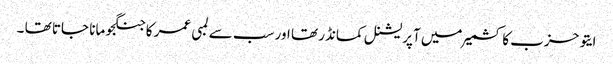
ایتو حزب کا کشمیر میں آپریشنل کمانڈر تھا اور سب سے لمبی عمر کا جنگجو مانا جاتا تھا ۔